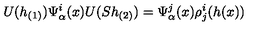
U ( h _ { ( 1 ) } ) \Psi _ { \alpha } ^ { i } ( x ) U ( S h _ { ( 2 ) } ) = \Psi _ { \alpha } ^ { j } ( x ) \rho _ { j } ^ { i } ( h ( x ) )